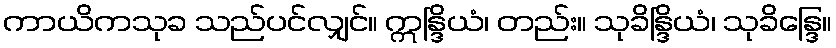
ကာယိကသုခ သည်ပင်လျှင်။ ဣန္ဒြိယံ၊ တည်း။ သုခိန္ဒြိယံ၊ သုခိန္ဒြေ။